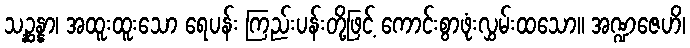
သဉ္ဆန္နာ၊ အထူးထူးသော ရေပန်း ကြည်းပန်းတို့ဖြင့် ကောင်းစွာဖုံးလွှမ်းထသော။ အဏ္ဍဇေဟိ၊